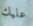
عليك